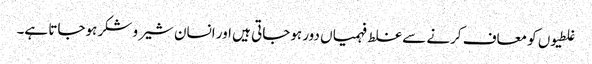
غلطیوں کو معاف کرنے سے غلط فہمیاں دور ہوجاتی ہیں اور انسان شیر و شکر ہوجاتا ہے۔